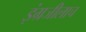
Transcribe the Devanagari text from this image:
इंग्रजीलाच